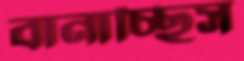
বানাচ্ছিস